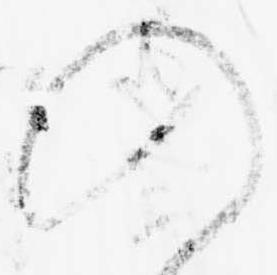
入